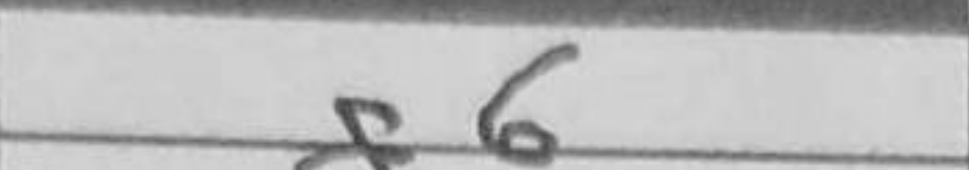
Transcription: g6